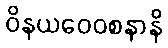
ဝိနယဝေဝစနာနိ